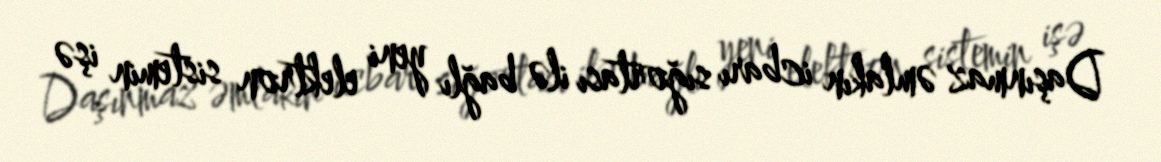
Daşınmaz əmlakın icbarı sığortası ilə bağlı yeni elektron sistemin işə